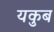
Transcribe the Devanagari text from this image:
यकुब